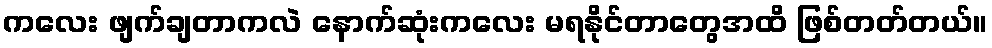
ကလေး ဖျက်ချတာကလဲ နောက်ဆုံးကလေး မရနိုင်တာတွေအထိ ဖြစ်တတ်တယ်။